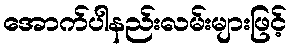
အောက်ပါနည်းလမ်းများဖြင့်